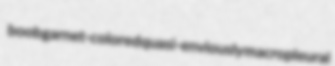
boob garnet-colored quasi-enviously macropleural